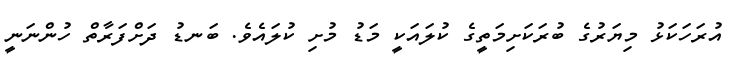
އުރަހަކަޅު މިޔަރުގެ ބުރަކަށިމަތީގެ ކުލައަކީ މަޑު މުށި ކުލައެވެ. ބަނޑު ދަށްފަރާތް ހުންނަނީ